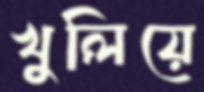
খুলিয়ে